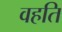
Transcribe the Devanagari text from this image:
वहति